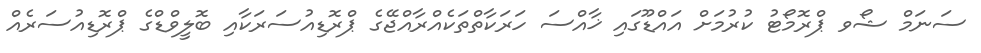
ސަނަމް ޝޯވ ޕްރޮމޯޓު ކުރުމަށް އައްޑޫގައި ޚާއްސަ ހަރަކާތްތަކެއްރާއްޖޭގެ ޕްރޮޑިއުސަރަކާއި ބޮލީވްޑްގެ ޕްރޮޑިއުސަރެއް